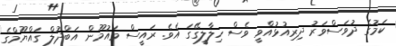
ކަމުގެ ދުވަސްވަރު ދިރިއުޅުއްވީ ވެސް ހިލާލީގޭގަ އެވެ. ރައީސް މައުމޫން އަބްދުލް ގައްޔޫމްގެ